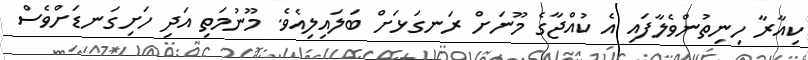
ކިއާރާ ހިނިތުންވެލާފައި އެ ކުއްޖާގެ މޫނަށް ރަނގަޅަށް ބަލައިލިއެވެ. މޫނުމަތި އަދި ހަށިގަނޑަށްވެސް